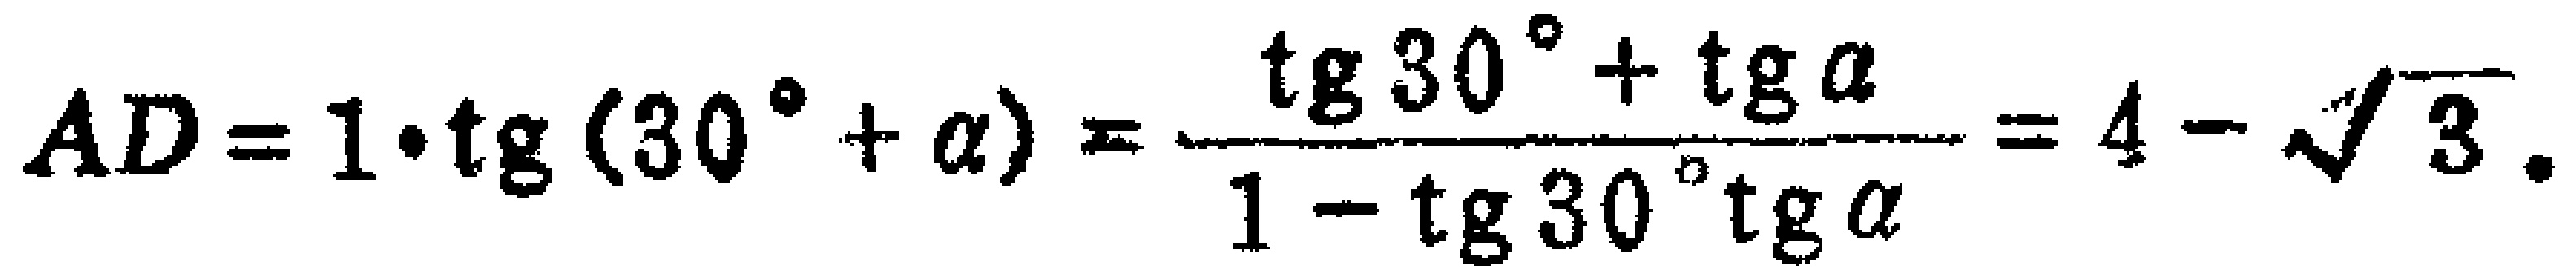
\(AD = 1\cdot\mathrm{tg}(30^{\circ}+\alpha)=\frac{\mathrm{tg}30^{\circ}+\mathrm{tg}\alpha}{1 - \mathrm{tg}30^{\circ}\mathrm{tg}\alpha}=4-\sqrt{3}.\)